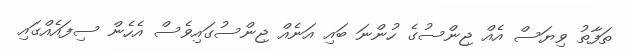
ތަފާތު ވިޔަސް އެއް ޖިންސުގެ ހުންނަ ބައި އަނެއް ޖިންސުގައިވެސް އެހެން ސިފައެއްގައި